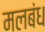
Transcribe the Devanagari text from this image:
मलबंध